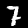
Digit: 7